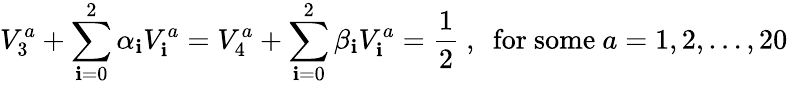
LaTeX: V_{3}^{a}+\sum_{\mathbf{i}=0}^{2}\alpha_{\mathbf{i}}V_{\mathbf{i}}^{a}=V_{4}^{a}+\sum_{\mathbf{i}=0}^{2}\beta_{\mathbf{i}}V_{\mathbf{i}}^{a}={\frac{{1}}{{2}}}~,~~{\mathrm{{for~some}}}~a=1,2,\dots,20